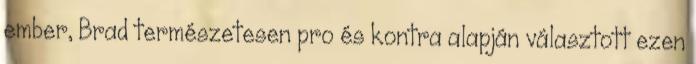
ember, Brad természetesen pro és kontra alapján választott ezen